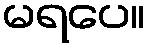
မရပေ။